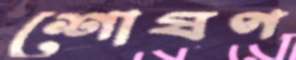
শোষণ